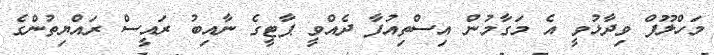
މަހްލޫފް ވިދާޅުވީ އެ މަގާމުން އިސްތިއުފާ ދެއްވީ ޕާޓީގެ ނާއިބު ރައީސް ރައްޔިތުންގެ